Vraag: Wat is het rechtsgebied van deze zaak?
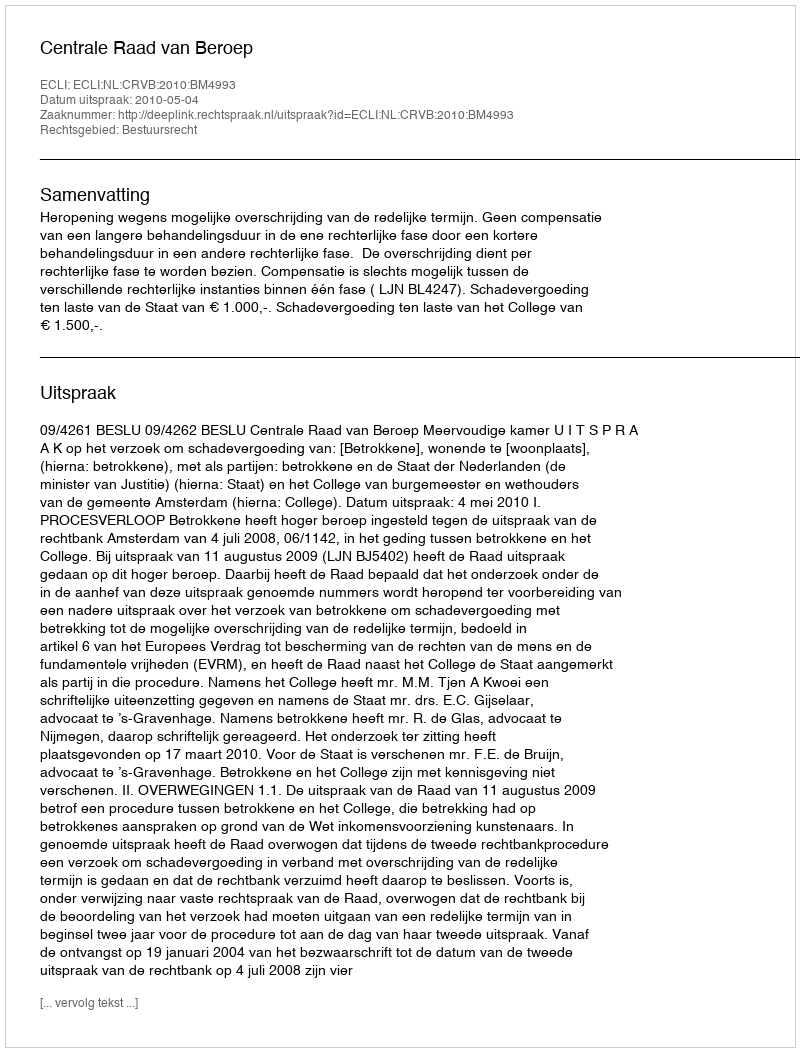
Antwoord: Bestuursrecht